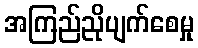
အကြည်ညိုပျက်စေမှု